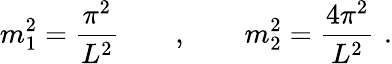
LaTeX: m_{1}^{2}=\frac{\pi^{2}}{L^{2}}\qquad,\qquad m_{2}^{2}=\frac{4\pi^{2}}{L^{2}}\, \, .